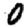
Digit: 0